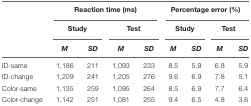
|  | <COLSPAN=4> Reaction time (ms) | <COLSPAN=4> Percentage error (%) |
 |  | <COLSPAN=2> Study | <COLSPAN=2> Test | <COLSPAN=2> Study | <COLSPAN=2> Test |
 |  | M | SD | M | SD | M | SD | M | SD |
 | --- | --- | --- | --- | --- | --- | --- | --- | --- |
 | ID-same | 1,186 | 211 | 1,093 | 233 | 8.5 | 5.9 | 6.8 | 5.9 |
 | ID-change | 1,209 | 241 | 1,205 | 276 | 9.6 | 6.9 | 7.8 | 5.1 |
 | Color-same | 1,135 | 259 | 1,095 | 264 | 8.5 | 6.9 | 7.7 | 6.4 |
 | Color-change | 1,142 | 251 | 1,081 | 255 | 9.4 | 6.5 | 4.8 | 3.6 |